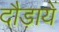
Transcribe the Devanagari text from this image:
दौड़ायें